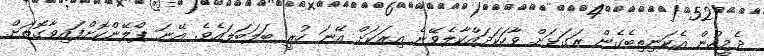
ދެމީހުން އެކަނިތިބެގެން ރަގަޅަށް ވާހަކަދައްކާލެވޭނެ އިރަކަށް އޭނަ ހުރީ ބަލަބަލައެވެ. އޭނަ ޕްލޭންކޮށްފައިވާގޮތަށް